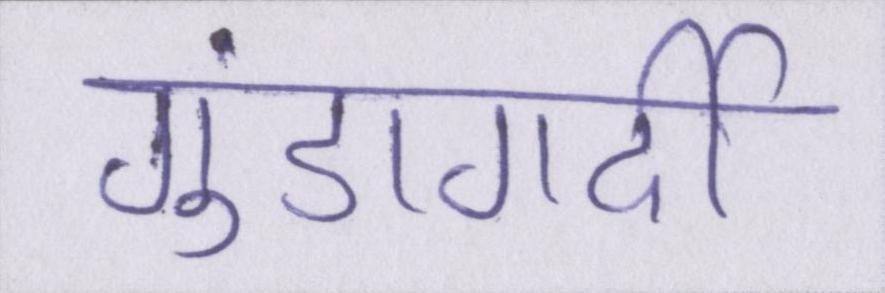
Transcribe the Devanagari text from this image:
गुंडागर्दी